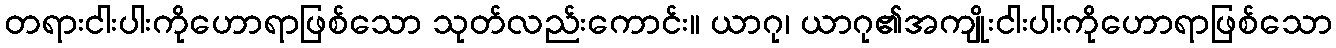
တရားငါးပါးကိုဟောရာဖြစ်သော သုတ်လည်းကောင်း။ ယာဂု၊ ယာဂု၏အကျိုးငါးပါးကိုဟောရာဖြစ်သော